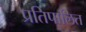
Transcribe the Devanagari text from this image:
प्रतिपालित